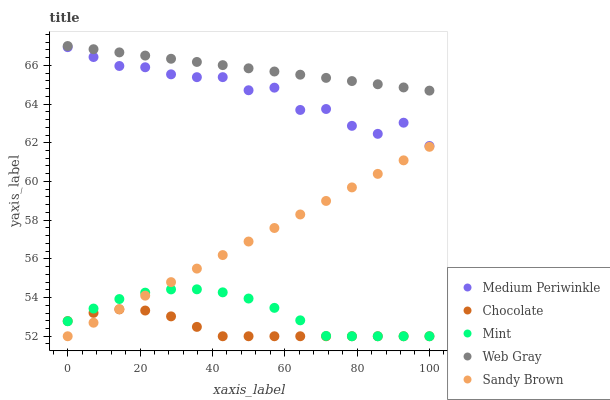
| xaxis_label | Medium Periwinkle | Chocolate | Mint | Web Gray | Sandy Brown |
 | --- | --- | --- | --- | --- | --- |
 | 0 | 66.9 | 52.8 | 52.8 | 67 | 52 |
 | 7.14 | 66.4 | 53.2 | 53.4 | 66.8 | 52.7 |
 | 14.3 | 66 | 53.4 | 53.9 | 66.7 | 53.4 |
 | 21.4 | 65.9 | 53.3 | 54.3 | 66.5 | 54.1 |
 | 28.6 | 65.5 | 53 | 54.4 | 66.3 | 54.8 |
 | 35.7 | 65.4 | 52.5 | 54.4 | 66.2 | 55.5 |
 | 42.9 | 65.4 | 52 | 54.3 | 66 | 56.2 |
 | 50 | 64.7 | 52 | 53.9 | 65.8 | 56.9 |
 | 57.1 | 64.8 | 52 | 53.5 | 65.7 | 57.6 |
 | 64.3 | 63.7 | 52 | 52.8 | 65.5 | 58.3 |
 | 71.4 | 63.7 | 52 | 52 | 65.4 | 59 |
 | 78.6 | 62.9 | 52 | 52 | 65.2 | 59.7 |
 | 85.7 | 62.5 | 52 | 52 | 65 | 60.4 |
 | 92.9 | 63 | 52 | 52 | 64.9 | 61.1 |
 | 100 | 61.8 | 52 | 52 | 64.7 | 61.8 |